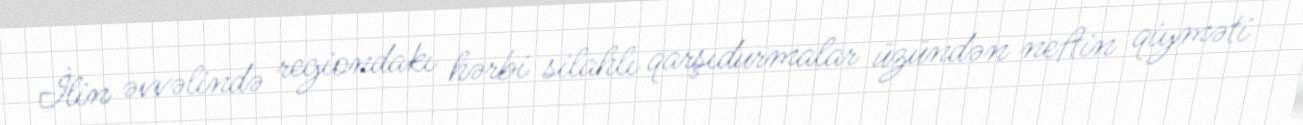
İlin əvvəlində regiondakı hərbi silahlı qarşıdurmalar üzündən neftin qiyməti